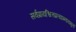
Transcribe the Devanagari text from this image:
सर्वप्रायश्चित्तप्रत्याम्नायभूतां